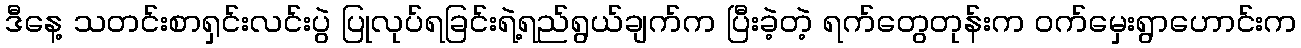
ဒီနေ့ သတင်းစာရှင်းလင်းပွဲ ပြုလုပ်ရခြင်းရဲ့ရည်ရွယ်ချက်က ပြီးခဲ့တဲ့ ရက်တွေတုန်းက ဝက်မှေးရွာဟောင်းက